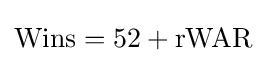
{\text{Wins}}=52+{\text{rWAR}}